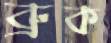
ব্রুক